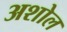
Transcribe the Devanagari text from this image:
अशोल